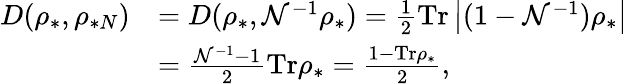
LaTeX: \begin{array}{rl}{D(\rho_{\ast},\rho_{\ast N})}&{=D(\rho_{\ast},\mathcal{N}^{-1}\rho_{\ast})=\frac{1}{2}\mathrm{Tr}\left\vert(1-\mathcal{N}^{-1})\rho_{\ast}\right\vert}\\ &{=\frac{\mathcal{N}^{-1}-1}{2}\mathrm{Tr}\rho_{\ast}=\frac{1-\mathrm{Tr}\rho_{\ast}}{2},}\end{array}